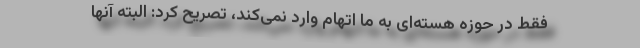
فقط در حوزه هسته‌ای به ما اتهام وارد نمی‌کند، تصریح کرد: البته آنها